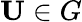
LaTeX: \mathbf{U}\in G